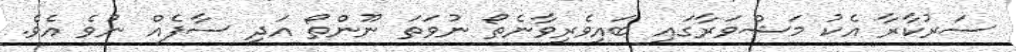
ސަރުކާރާ އެކު މަޝްވަރާގައި ބައިވެރިވާނެތޯ ނުވަތަ ނޫންތޯ އަދި ސާފެއް ނުވެ އެވެ.